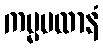
ကမ္မပထာနံ